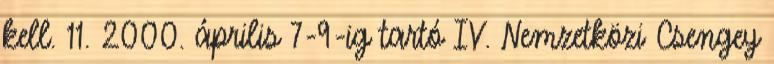
kell. 11. 2000. április 7-9-ig tartó IV. Nemzetközi Csengey